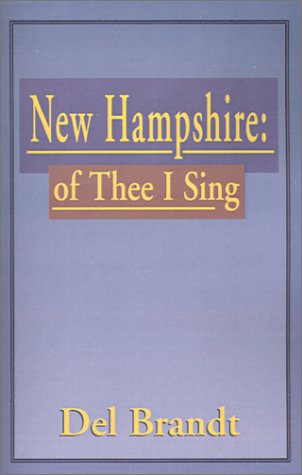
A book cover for New Hampshire: Of Thee I Sing; Del Brandt; Travel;